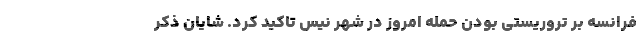
فرانسه بر تروریستی بودن حمله امروز در شهر نیس تاکید کرد. شایان ذکر